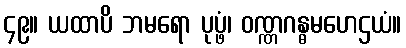
၄၉။ ယထာပိ ဘမရော ပုပ္ဖံ၊ ဝဏ္ဏဂန္ဓမဟေဌယံ။